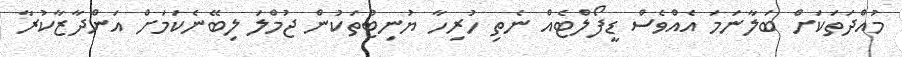
މުއްދަތަކަށް ބަލާނަމަ އެއްވެސް ޑީފޯލްޓެއް ނެތި ހުރިހާ ޔުނިޓުތަކުން ޖުމްލަ ލިބޭނެކަމަށް އަންދާޒާކުރާ